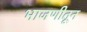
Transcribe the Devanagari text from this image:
भाजणीतून